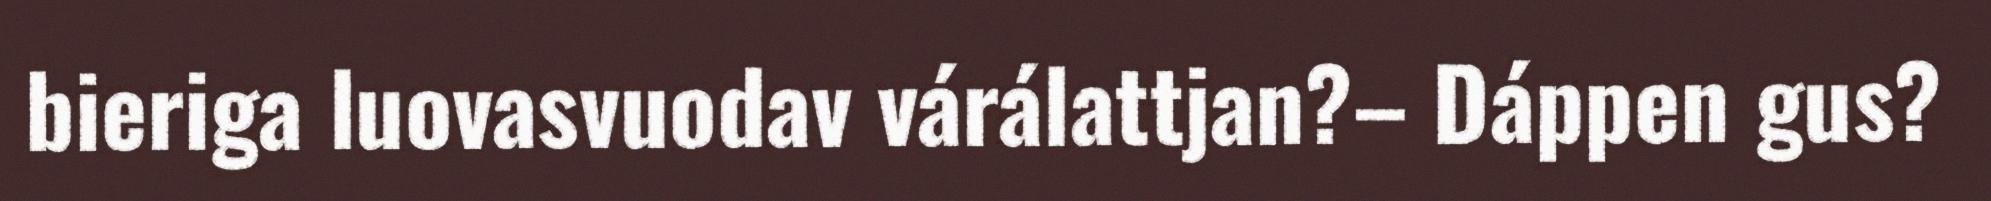
bieriga luovasvuodav várálattjan?– Dáppen gus?